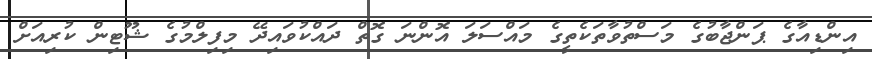
އިންޑިއާގެ ޕަންޖާބުގެ މަސްތުވާތަކެތީގެ މައްސަލަ އޮންނަ ގޮތް ދައްކުވައިދޭ މިފިލްމުގެ ޝޫޓިން ކުރިއަށް